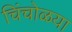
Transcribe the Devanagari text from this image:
चिंचोळया